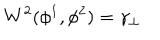
LaTeX: W ^ { 2 } ( \phi ^ { 1 } , \phi ^ { 2 } ) = \gamma _ { \perp }